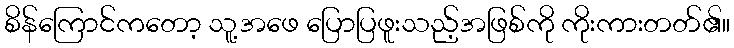
စိန်ကြောင်ကတော့ သူ့အဖေ ပြောပြဖူးသည့်အဖြစ်ကို ကိုးကားတတ်၏။